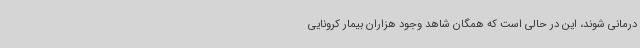
درمانی شوند، این در حالی است که همگان شاهد وجود هزاران بیمار کرونایی